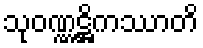
သုဝဏ္ဏဋ္ဌိကဿာတိ